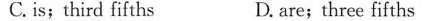
C.is;third fifths D. are; three fifths